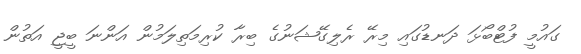
ގައުމީ ފުޓްބޯޅަ ދަނޑުގައި މިރޭ ރެލިގޭޝަނުގެ ބިރާ ކުރިމަތިލަމުން އަންނަ ބީޖީ އަތުން